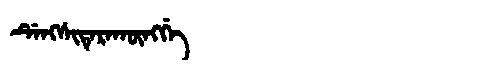
Manchu: ᡩᡝᠩᠰᡳᡨᡝᡵᠠᡴᡡᠩᡤᡝ
Romanization: DENGSITERAKŪNGGE